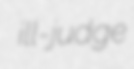
ill-judge